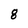
Character: 8